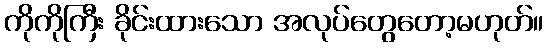
ကိုကိုကြီး ခိုင်းထားသော အလုပ်တွေတော့မဟုတ်။